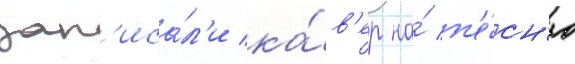
зап'иса́л'и ка́в'ер на́ п'е́сн'ю